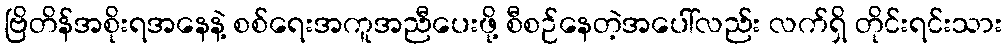
ဗြိတိန်အစိုးရအနေနဲ့ စစ်ရေးအကူအညီပေးဖို့ စီစဉ်နေတဲ့အပေါ်လည်း လက်ရှိ တိုင်းရင်းသား